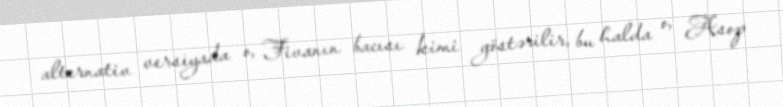
alternativ versiyada o, Fivanın bacısı kimi göstərilir, bu halda o, Asop